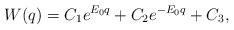
LaTeX: \begin{align*}W(q) = C_1 e^{E_0 q}+ C_2 e^{-E_0 q}+C_3,\end{align*}